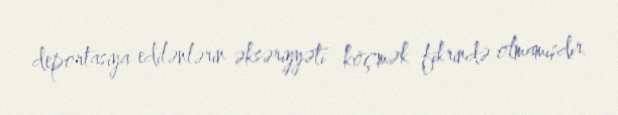
deportasiya edilənlərin əksəriyyəti köçmək fikrində olmamışdır.